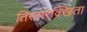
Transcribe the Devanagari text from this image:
तिस्सरक्खिता